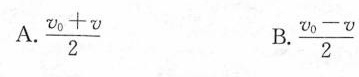
A. $$\frac { v _{ 0 } + v } { 2 }$$ B.$$\frac { v _{ 0 } -v } { 2 }$$